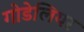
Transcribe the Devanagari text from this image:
गोडेलियर